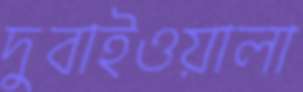
দুবাইওয়ালা